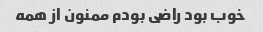
خوب بود راضی بودم ممنون از همه